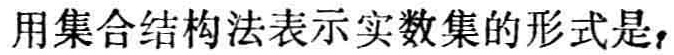
用集合结构法表示实数集的形式是，